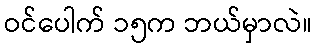
ဝင်ပေါက် ၁၅က ဘယ်မှာလဲ။